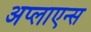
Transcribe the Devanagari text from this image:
अप्लाएन्स